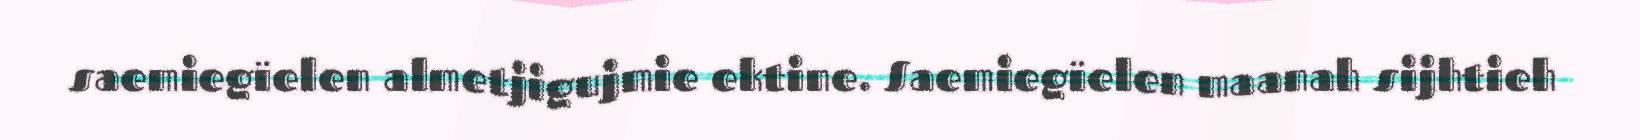
saemiegïelen almetjigujmie ektine. Saemiegïelen maanah sijhtieh